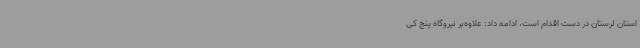
استان لرستان در دست اقدام است، ادامه داد: علاوه‌بر نیروگاه پنج کی